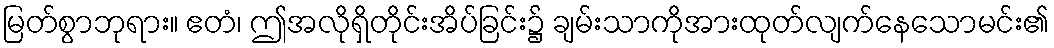
မြတ်စွာဘုရား။ ဧတံ၊ ဤအလိုရှိတိုင်းအိပ်ခြင်း၌ ချမ်းသာကိုအားထုတ်လျက်နေသောမင်း၏